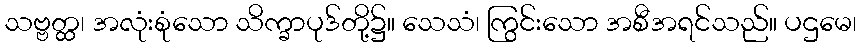
သဗ္ဗတ္ထ၊ အလုံးစုံသော သိက္ခာပုဒ်တို့၌။ သေသံ၊ ကြွင်းသော အစီအရင်သည်။ ပဌမေ၊